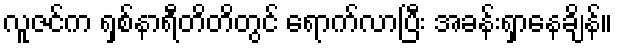
လူဇင်က ရှစ်နာရီတိတိတွင် ရောက်လာပြီး အခန်းရှာနေချိန်။